Vaccine operations Central Provinces 1886-1899 - 1886-1899
Year: 1886
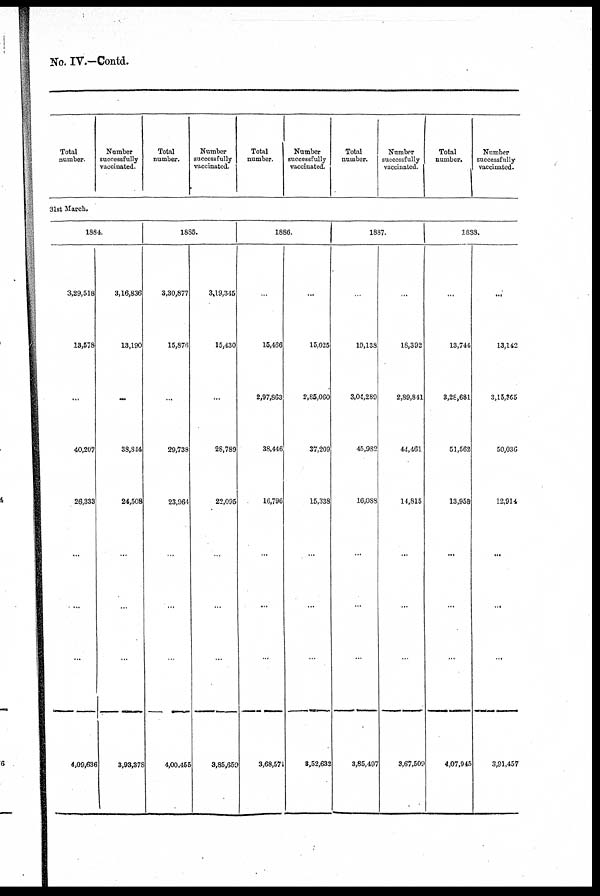
No. IV.—Contd.
Total
number.
Number
successfully
vaccinated.
Total
number.
Number
successfully
vaccinated.
Total
number.
Number
successfully
vaccinated.
Total
number.
Number
successfully
vaccinated.
Total
number.
Number
successfully
vaccinated.
31st March.
1884.
3,29,518
13,578
...
40,207
26,333
...
...
...
4,09,636
3,16,836
13,190
...
38,844
24,508
...
...
...
3,93,378
1885.
3,30,877
15,876
...
29,738
23,964
...
...
...
4,00,455
3,19,345
15,430
...
28,789
22,095
...
...
...
3,85,659
1886.
...
15,466
2,97,863
38,446
16,796
...
...
...
3,68,571
...
15,025
2,85,060
37,209
15,338
...
...
...
3,52,632
1887.
...
19,138
3,04,289
45,982
16,088
...
...
...
3,85,497
...
18,392
2,89,841
44,461
14,815
...
...
...
3,67,509
1888.
...
13,744
3,28,681
51,562
13,958
...
...
...
4,07,945
...
13,142
3,15,365
50,036
12,914
...
...
...
3,91,457